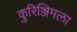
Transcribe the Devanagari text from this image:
कुरिञ्जिमला